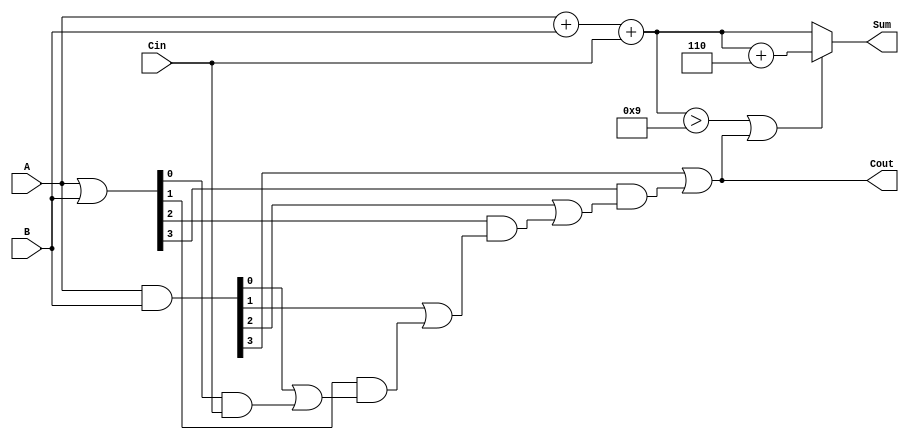
module BCD_CLA_Adder (
    input  wire [3:0] A,    // BCD digit A
    input  wire [3:0] B,    // BCD digit B
    input  wire Cin,         // Carry input
    output reg  [3:0] Sum,   // BCD sum output
    output reg  Cout         // Carry output
);

    // Intermediate signals
    wire [3:0] S;           // Initial binary sum
    wire [3:0] G;           // Generate signals
    wire [3:0] P;           // Propagate signals
    wire C1, C2, C3;        // Carry signals

    // Step 1: Calculate the initial sum
    assign S = A + B + Cin;

    // Step 2: Generate and propagate logic
    assign G = A & B;        // Generate
    assign P = A | B;        // Propagate

    // Step 3: Carry lookahead logic
    assign C1 = G[0] | (P[0] & Cin);
    assign C2 = G[1] | (P[1] & C1);
    assign C3 = G[2] | (P[2] & C2);
    assign Cout = G[3] | (P[3] & C3);

    // Step 4: BCD correction logic
    always @(*) begin
        if ((S > 4'b1001) || Cout) begin
            // If S exceeds 9 or there is a carry out, add 6 (0110)
            Sum = S + 4'b0110;
        end else begin
            // No correction needed
            Sum = S;
        end
    end

endmodule